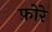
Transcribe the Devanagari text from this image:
फ़ोरे